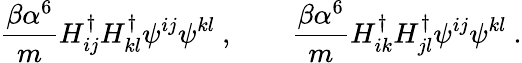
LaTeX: \frac{\beta\alpha^{6}}{m}H_{ij}^{\dagger}H_{kl}^{\dagger}\psi^{ij}\psi^{kl}\ ,\qquad\frac{\beta\alpha^{6}}{m}H_{ik}^{\dagger}H_{jl}^{\dagger}\psi^{ij}\psi^{kl}\ .